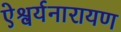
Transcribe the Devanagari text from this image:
ऐश्वर्यनारायण